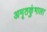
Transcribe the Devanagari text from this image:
अमृतकुंभाला